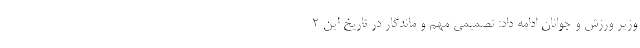
وزیر ورزش و جوانان ادامه داد: تصمیمی مهم و ماندگار در تاریخ این ۲